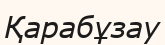
Қарабұзау